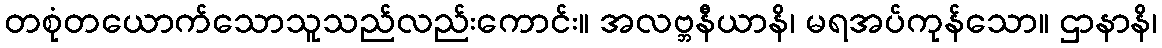
တစုံတယောက်သောသူသည်လည်းကောင်း။ အလဗ္ဘနီယာနိ၊ မရအပ်ကုန်သော။ ဌာနာနိ၊